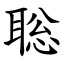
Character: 聡